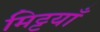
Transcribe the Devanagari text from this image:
मिट्टयाँ